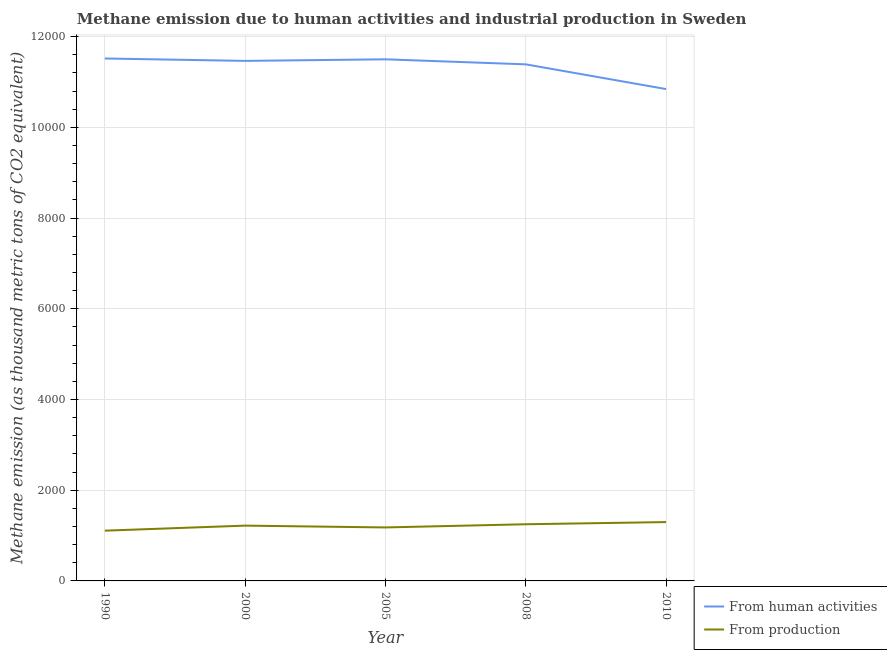
| Year | From human activities | From production |
 | --- | --- | --- |
 | 1990 | 1.15e+04 | 1.11e+03 |
 | 2000 | 1.15e+04 | 1.22e+03 |
 | 2005 | 1.15e+04 | 1.18e+03 |
 | 2008 | 1.14e+04 | 1.25e+03 |
 | 2010 | 1.08e+04 | 1.3e+03 |